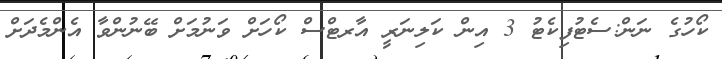
ކޯހުގެ ނަން:ސެޓުފިކެޓު 3 އިން ކަލިނަރީ އާރޓްސް ކޯހަށް ވަނުމަށް ބޭނުންވާ އެންމެދަށް